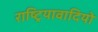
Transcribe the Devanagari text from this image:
राष्ट्रियावादियो